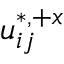
u _ { i j } ^ { \ast , + x }